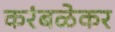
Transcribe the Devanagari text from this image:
करंबळेकर